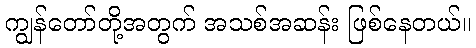
ကျွန်တော်တို့အတွက် အသစ်အဆန်း ဖြစ်နေတယ်။